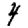
Digit: 4